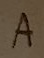
Text: A